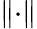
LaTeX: \lVert\cdot\rVert